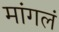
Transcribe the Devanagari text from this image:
मांगलं